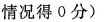
情况得0分)